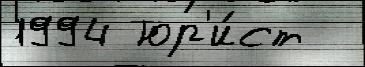
1994 юр'и́ст